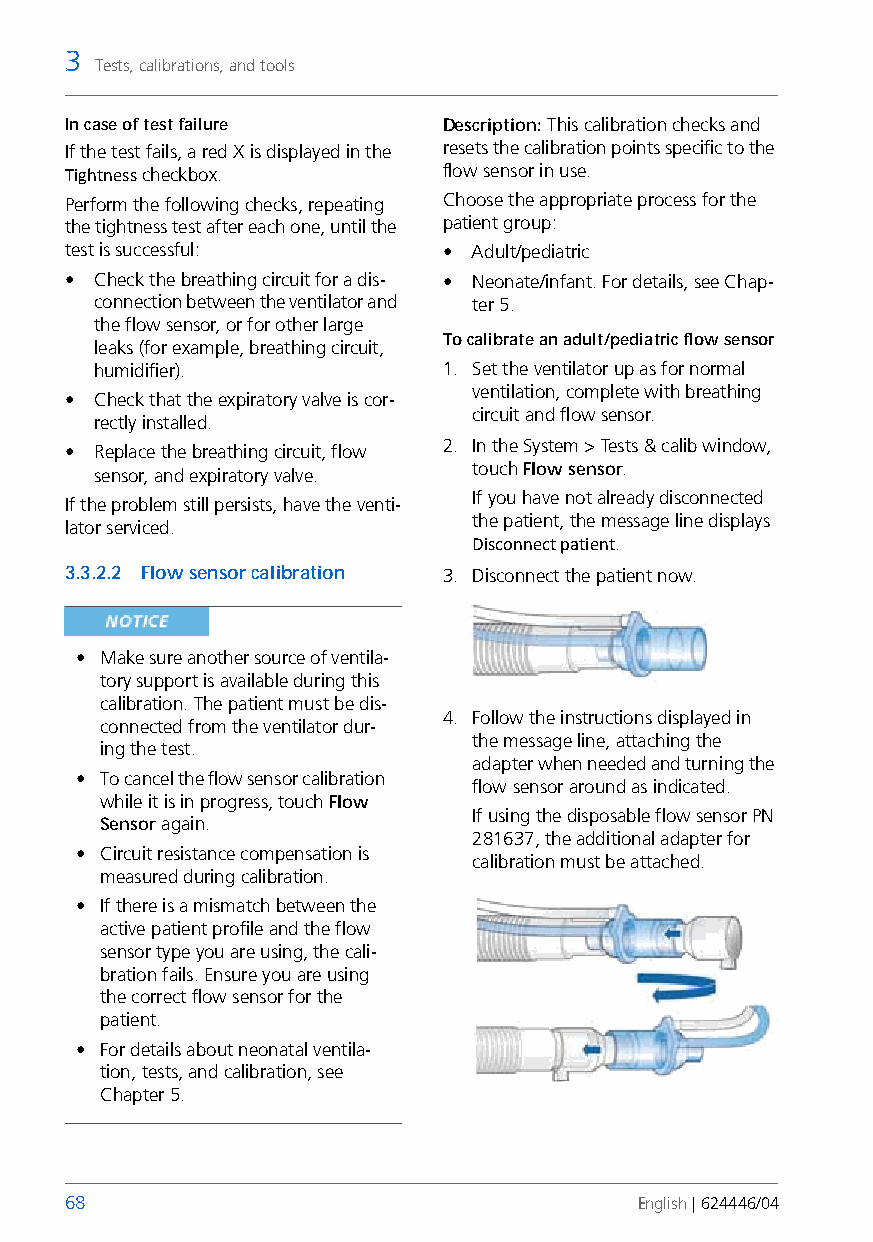
3
 Tests, calibrations, and tools
 In case of test failure  Description: This calibration checks and
 If the test fails, a red X is displayed in the resets the calibration points specific to the
 Tightness checkbox.      flow sensor in use.
 Perform the following checks, repeating Choose the appropriate process for the
 the tightness test after each one, until the patient group:
 test is successful:      • Adult/pediatric
 • Check the breathing circuit for a dis- • Neonate/infant. For details, see Chap-
 connection between the ventilator and ter 5.
 the flow sensor, or for other large
 To calibrate an adult/pediatric flow sensor
 leaks (for example, breathing circuit,
 humidifier).           1. Set the ventilator up as for normal
 ventilation, complete with breathing
 • Check that the expiratory valve is cor-
 circuit and flow sensor.
 rectly installed.
 • Replace the breathing circuit, flow 2. In the System > Tests & calib window,
 sensor, and expiratory valve. touch Flow sensor.
 If you have not already disconnected
 If the problem still persists, have the venti-
 the patient, themessageline displays
 lator serviced.
 Disconnect patient.
 3.3.2.2 Flow sensor calibration 3. Disconnect the patient now.
 • Make sure another source of ventila-
 tory support is available during this
 calibration. The patient must be dis-
 4. Follow the instructions displayed in
 connected from the ventilator dur-
 the message line, attaching the
 ing the test.
 adapter when needed and turning the
 • To cancel the flow sensor calibration
 flow sensor around as indicated.
 while it is in progress, touch Flow
 If using the disposable flow sensor PN
 Sensor again.
 281637, the additional adapter for
 • Circuit resistance compensation is
 calibration must be attached.
 measured during calibration.
 • If there is a mismatch between the
 active patient profile and the flow
 sensor type you are using, the cali-
 bration fails. Ensure you are using
 the correct flow sensor for the
 patient.
 • For details about neonatal ventila-
 tion, tests, and calibration, see
 Chapter 5.
 68                                    English | 624446/04